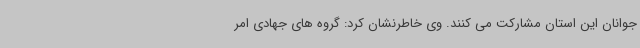
جوانان این استان مشارکت می کنند. وی خاطرنشان کرد: گروه های جهادی امر